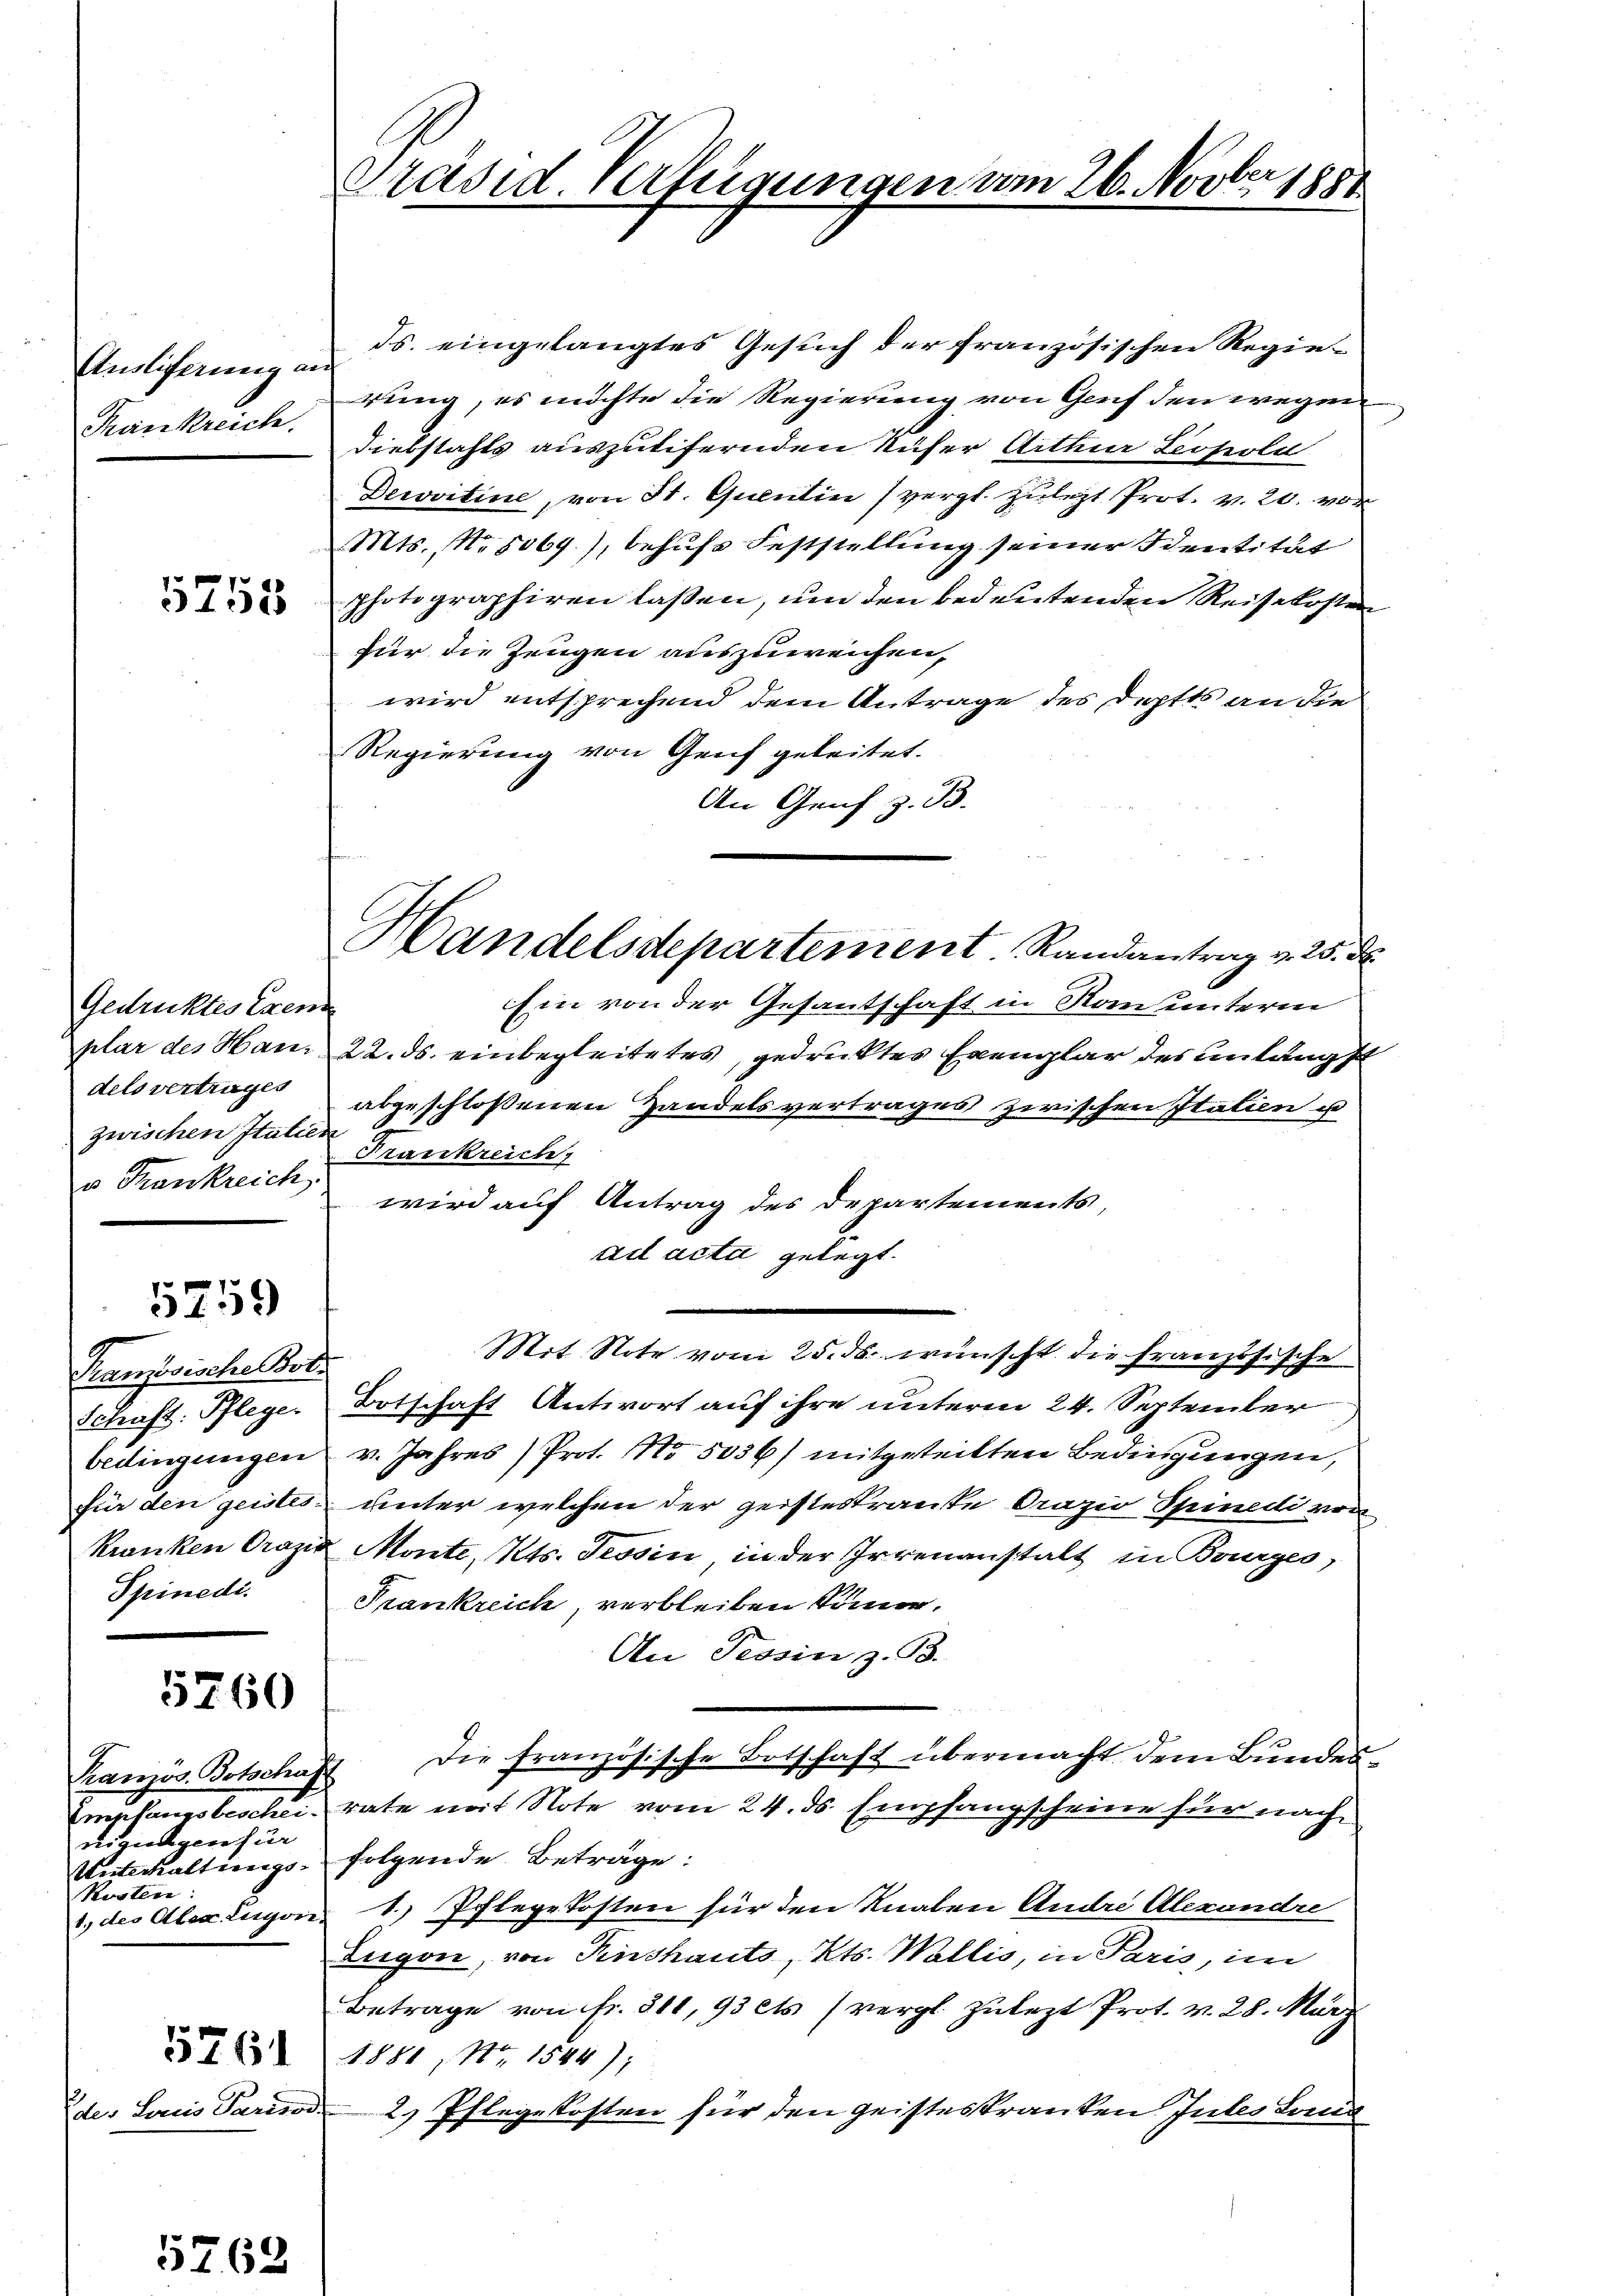
Ansliferung an
Krankreich.

5753

Gedrucktes Exem
dels vertrages
zwischen Italien
u. Trankreich

5259

Französische Bot
Schaft: Pflege.

5760

Kranzös. Botschaf
wunschen gegenhei
Kosten:

576

des Loris Parisc

5762

Präsid Verlegung

ds. eingelangtes Gesuch der französischen Regierung, es möchte die Regierung von Genf den wegen
Diebstahls auszutifernden Rufer Arthur Leopold
Dervitine, von St. Quentin (vergl. zulezt Prot. v. 20. vor
Mts., No. 5069), behufs Feststellung seiner Sentität
photographiren lassen, um den bedeutenden Reisekosten
für die Zeugen auszuweichen,
wird entsprechend dem Antrage des Doptts an die
Regierung von Genf geleitet.
An Genf z. B.

Handelsdepartement Randantrag v. 25. d.

Ein von der Gesantschaft in Nanunterin
plar des Haus 22. ds. einbegleitetes, gedrucktes Exemplar des unlängst
abgeschlossenen Handelsvertrages zwischen Italien u
Frankreich
wird auf Antrag des Departements,
ad acta gelegt.
Mit Note vom 25. ds. wünscht die Französische
Botschaft Antwort auf ihre unterm 24. September
bedingungen v. Jahres Prot. No 5056) mitgeteilten Bedingungen,
für den geistes unter welchen der geisteskrante Prazio Spinedi von
kranken Orazio Monte, Kts. Tessin, in der Irrenanstalt in Bourges
Spinedi. Frankreich, verbleiben könne.
An Tessin z. B.
Die französische Botschaft übermacht dem Bundes¬
 B. bescheirate mit Note vom 24. ds. Empfangscheine für nach
Unterhaltungs-folgende Beträge:
1., des Alex Luyon, 1.) Pflegekosten für den Knalen Andre Alexandre
Zugon, von Pinshauts, Kts. Wallis, in Paris, im
Betrage von fr. 311, 93 cts. (vergl. zulezt Prot. v. 28. März
1881, Nr. 1544);
t
2) Pflegekosten für den geisteskranken Jubes tous

n 26. Novber 1881